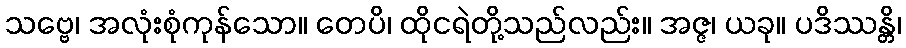
သဗ္ဗေ၊ အလုံးစုံကုန်သော။ တေပိ၊ ထိုငရဲတို့သည်လည်း။ အဇ္ဇ၊ ယခု။ ပဒိဿန္တိ၊